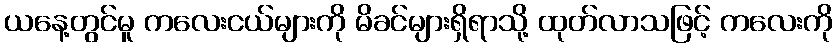
ယနေ့တွင်မူ ကလေးငယ်များကို မိခင်များရှိရာသို့ ထုတ်လာသဖြင့် ကလေးကို